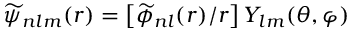
\widetilde { \psi } _ { n l m } ( \boldsymbol { r } ) = \left[ \widetilde { \phi } _ { n l } ( r ) / r \right] Y _ { l m } ( \theta , \varphi )